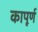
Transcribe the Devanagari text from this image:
कापूर्ण